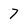
Character: 7